Kominterni_Eesti_sektsioon_Moskvas, lk 37
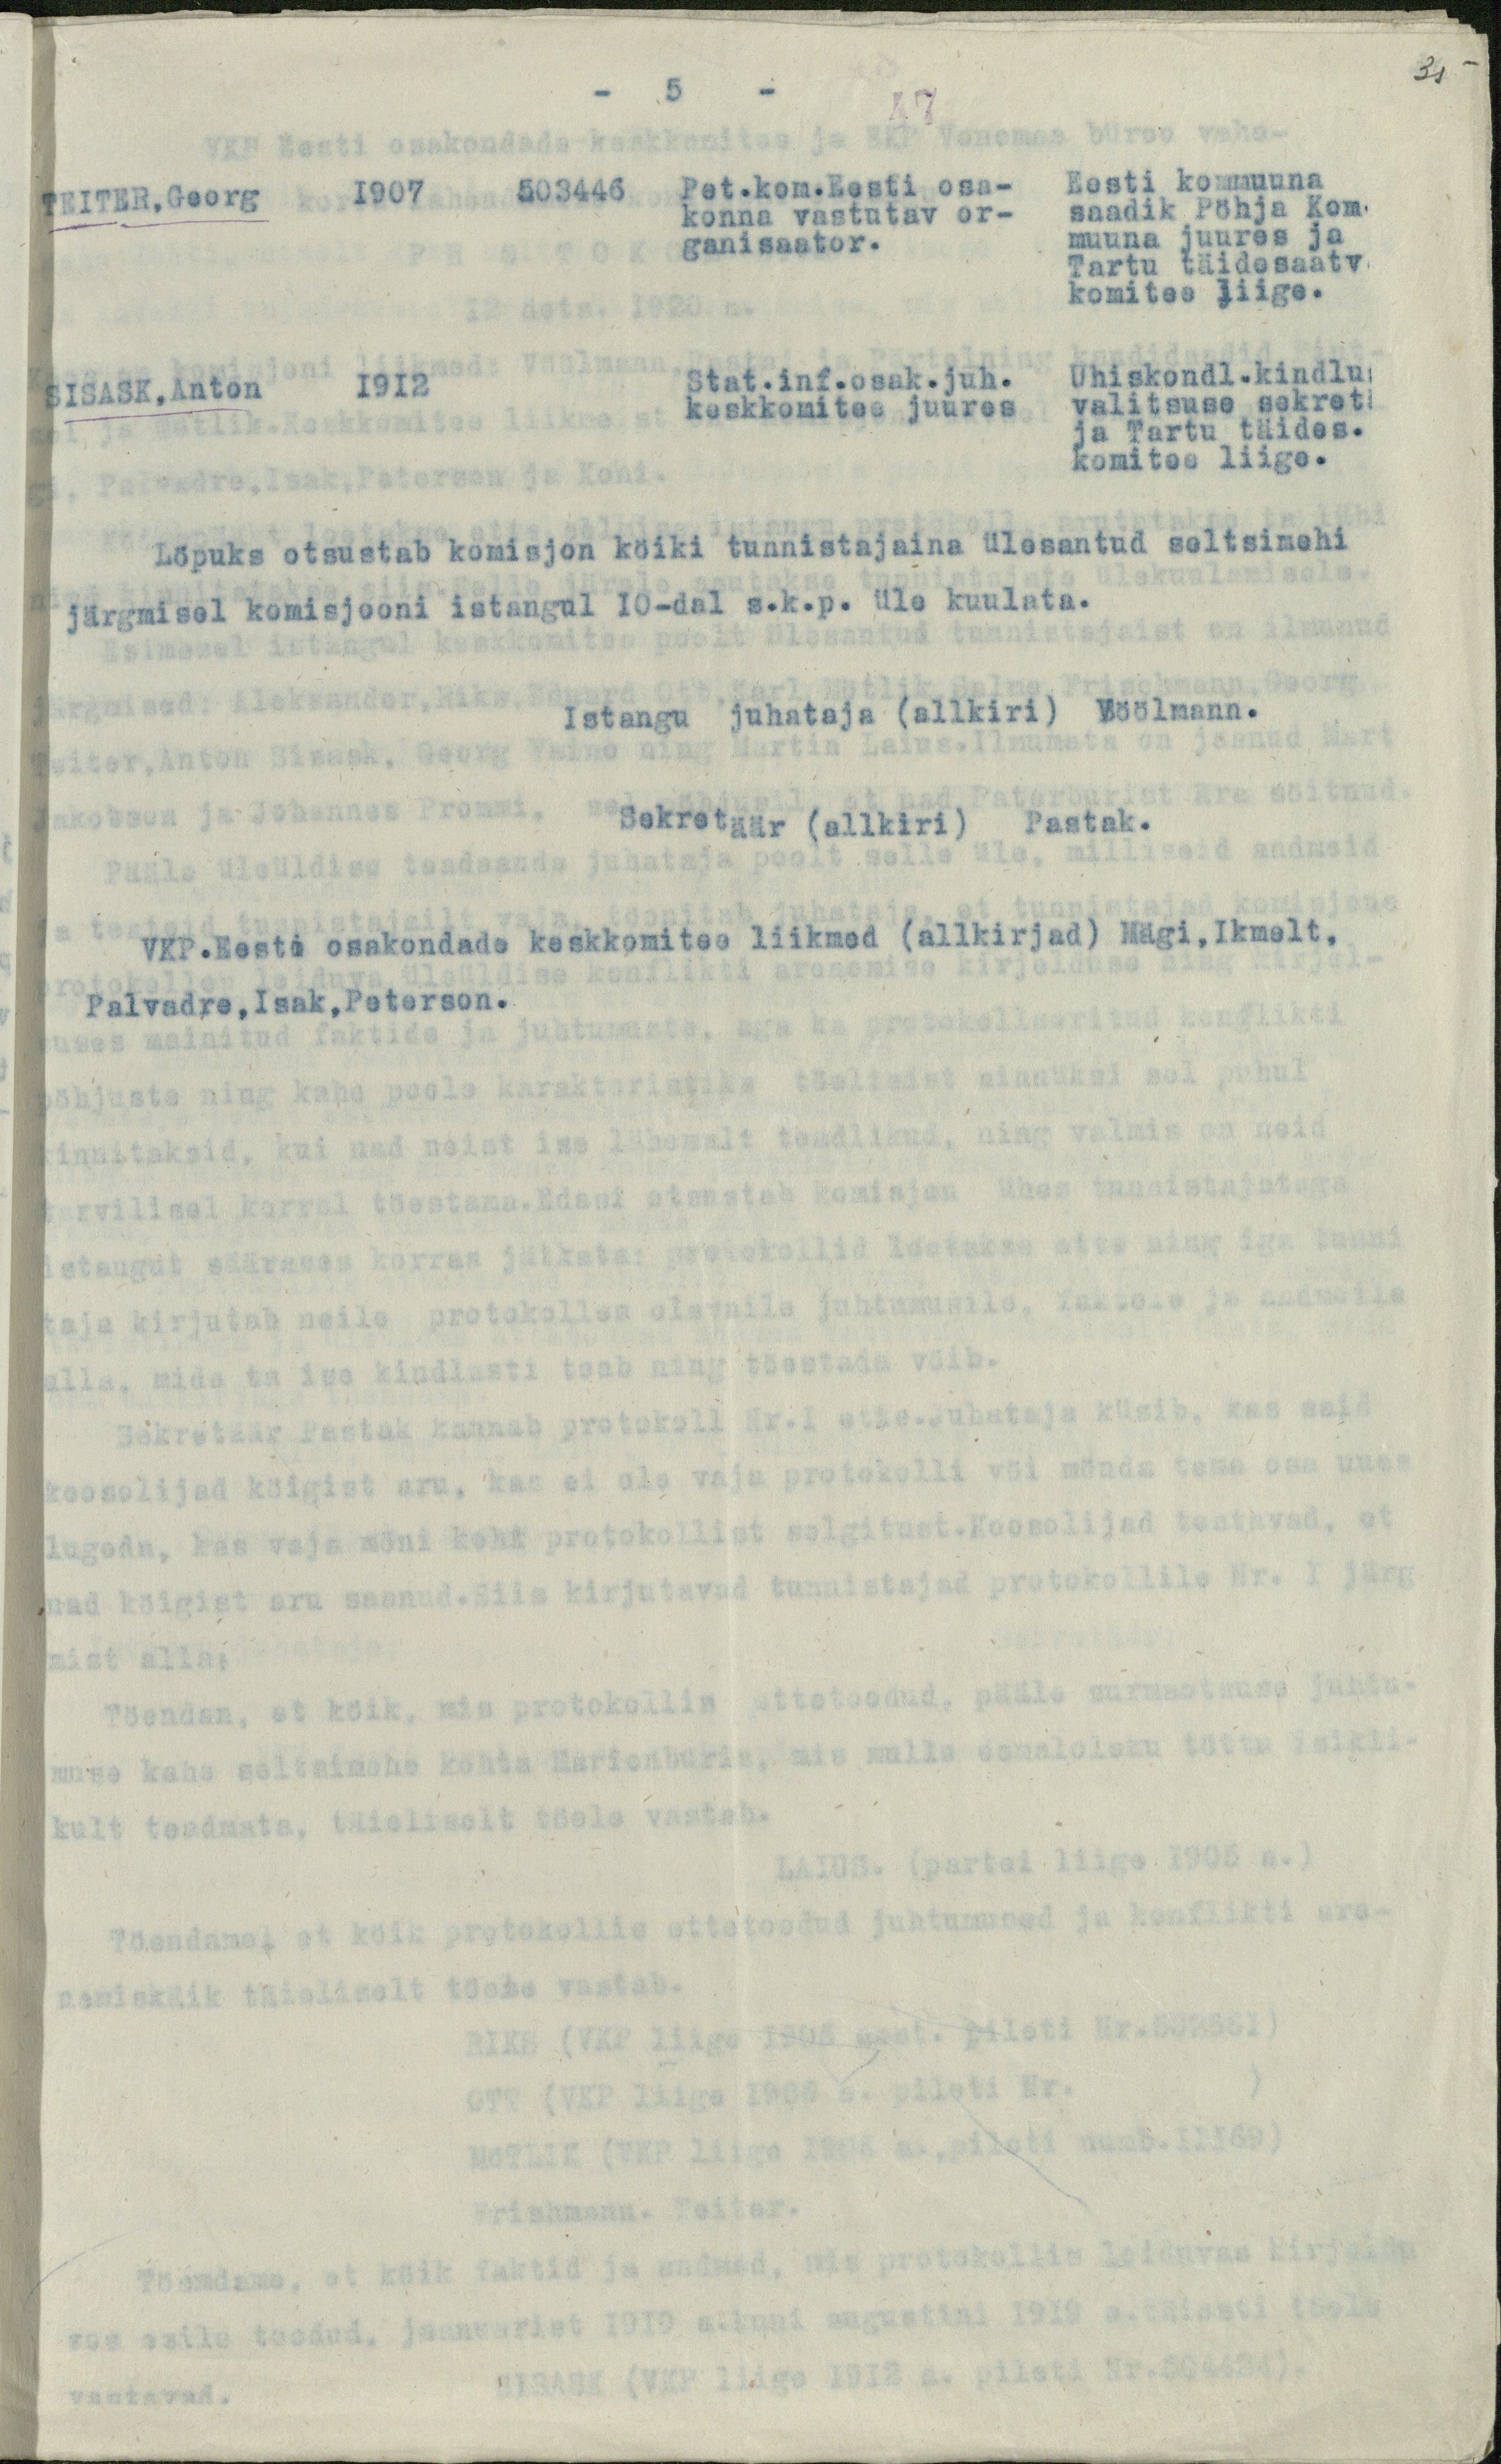
35

5
Löpuks otsustab komisjon köiki tunnistajaina ülesantud seltsimehi
järgmisel komisjooni istangul 10-dal s.k.p. üle kuulata.
Istangu juhataja (allkiri) Vöölmann.
Sekretäär (allkiri) Pastak.
VKP.Eesti osakondade keskkomitee liikmed (allkirjad) Mägi,Ikmelt ,
Palvadre, Isak, Peterson.